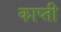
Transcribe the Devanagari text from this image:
काप्ती